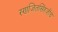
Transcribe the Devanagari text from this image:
रणजितसिंहजींचे